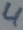
Text: 4